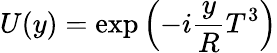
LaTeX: U(y)=\exp\left(-i\frac{y}{R}T^{3}\right)